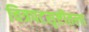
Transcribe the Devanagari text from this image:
चित्रपटसृष्टीतला